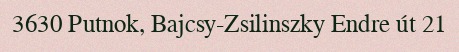
3630 Putnok, Bajcsy-Zsilinszky Endre út 21